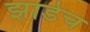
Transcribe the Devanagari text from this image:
झाडेच